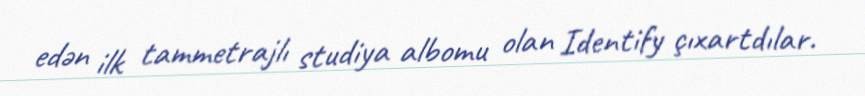
edən ilk tammetrajlı studiya albomu olan Identify çıxartdılar.